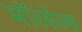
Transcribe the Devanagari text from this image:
मॉरसेल्स